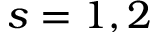
s = 1 , 2